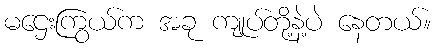
မဌေးကြွယ်က အခု ကျုပ်တို့နဲ့ပဲ နေတယ်။